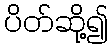
ပိတ်ဆို့၍